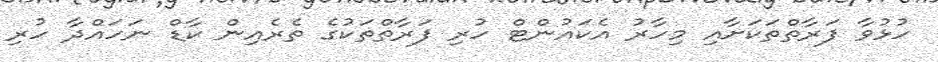
ހުޅުވާ ފަރާތްތަކަށާއި މިހާރު އެކައުންޓް ހުރި ފަރާތްތަކުގެ ތެރެއިން ކާޑް ނަހައްދާ ހުރި